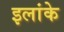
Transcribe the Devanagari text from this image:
इलांके